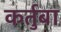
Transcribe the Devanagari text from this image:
कर्तुबा